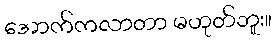
အောက်ကလာတာ မဟုတ်ဘူး။